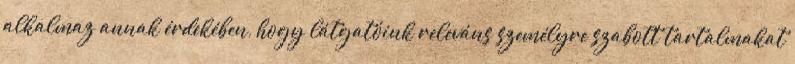
alkalmaz annak érdekében, hogy látgatóink releváns személyre szabott tartalmakat